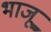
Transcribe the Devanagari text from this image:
भाजू